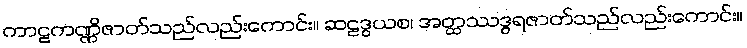
ကာဠကဏ္ဏိဇာတ်သည်လည်းကောင်း။ ဆဠဒွယစ၊ အတ္ထဿဒွရဇာတ်သည်လည်းကောင်း။